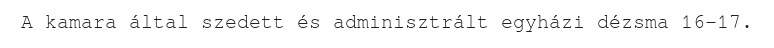
A kamara által szedett és adminisztrált egyházi dézsma 16–17.